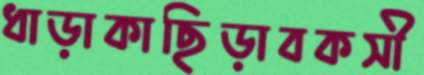
ধাড়াকাছিড়াবকসী